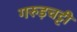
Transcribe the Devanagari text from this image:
गरुड़चट्टी